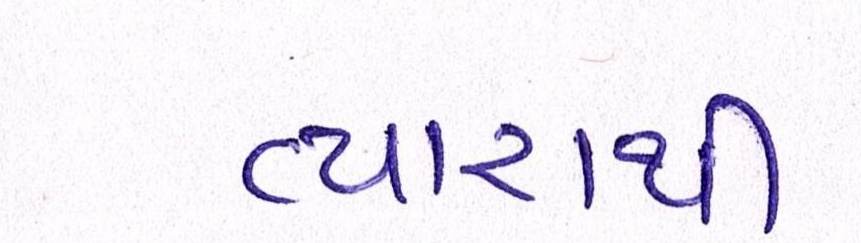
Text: વ્યારાથી